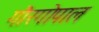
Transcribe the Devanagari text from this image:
गौरगोपाल